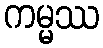
ကမ္မဿ